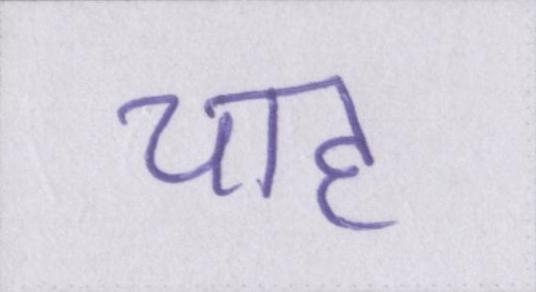
चाह